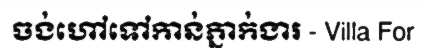
ចង់ហៅទៅកាន់ភ្នាក់ងារ - Villa For